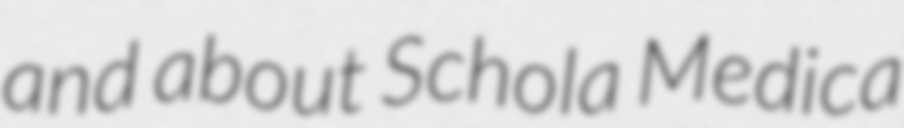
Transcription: and about Schola Medica